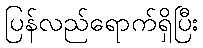
ပြန်လည်ရောက်ရှိပြီး